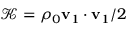
\mathcal { K } = { \rho _ { 0 } \mathbf { v } _ { 1 } \cdot \mathbf { v } _ { 1 } } / 2